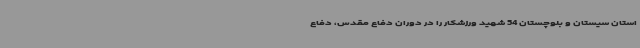
استان سیستان و بلوچستان 54 شهید ورزشکار را در دوران دفاع مقدس، دفاع